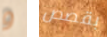
و بقصص